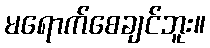
မရောက်စေချင်ဘူး။